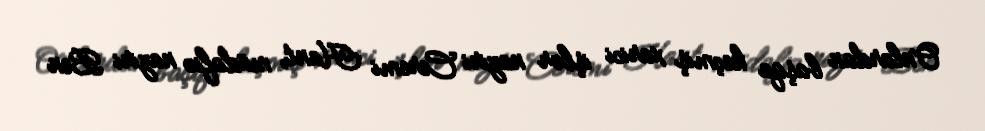
Onlardan başqa keçmiş xarici işlər naziri Ceremi Hant, müdafiə naziri Ben